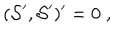
LaTeX: ( { \cal S } ^ { \prime } , { \cal S } ^ { \prime } ) ^ { \prime } = 0 \; ,